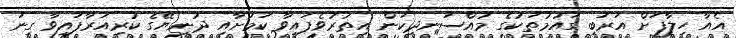
އެއާ ހިލާފަށް އަރަބި ގައުމުތަކުގެ މުއްސަނދިކަން އިތުރުވެފައިވާ ކަމަށާއި ދުނިޔޭގެ ކުރިއަރާފައިވާ ގިނަ